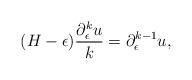
LaTeX: \begin{align*}(H-\epsilon)\frac{\partial_\epsilon^k u}{k}=\partial_\epsilon^{k-1}u,\end{align*}